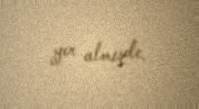
yer almışdı.